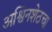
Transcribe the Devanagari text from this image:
अश्विनशेठचा